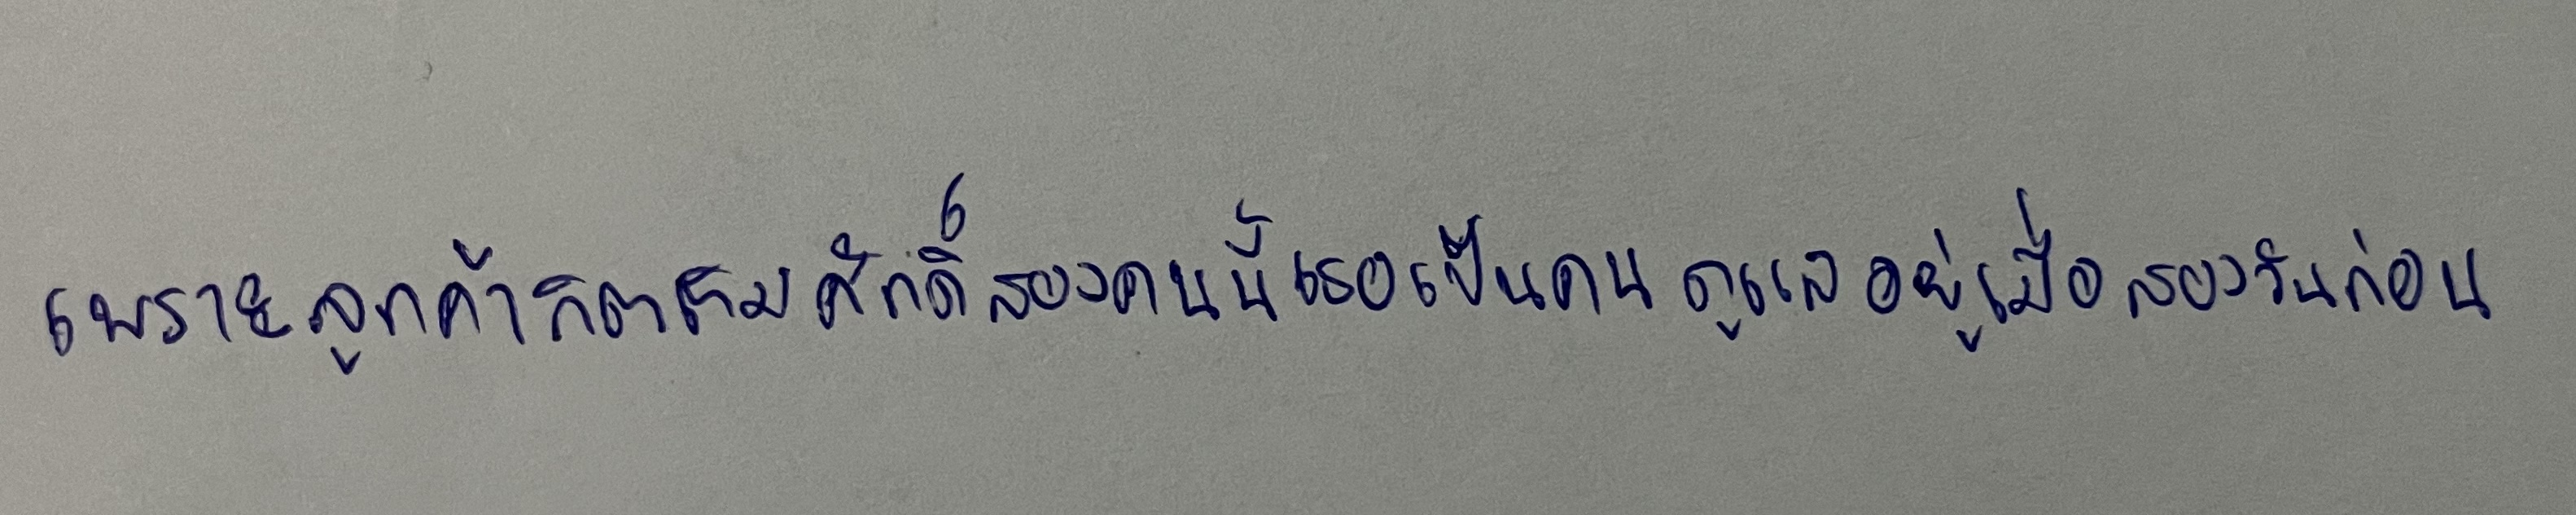
เพราะลูกค้ากิตติมศักดิ์สองคนนี้เธอเป็นคนดูแลอยู่เมื่อสองวันก่อน